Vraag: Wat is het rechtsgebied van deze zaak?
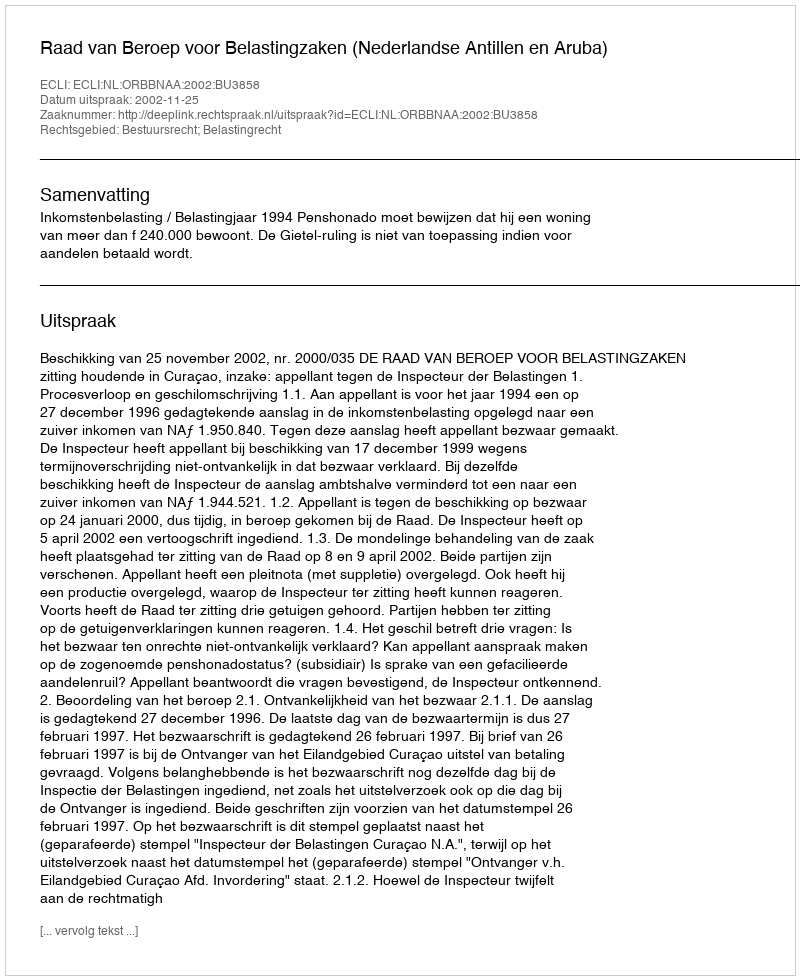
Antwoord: Bestuursrecht; Belastingrecht